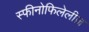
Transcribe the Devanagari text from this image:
स्फीनोफिलेलीज़